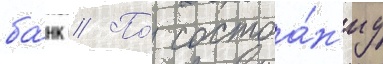
ба́нк // По́ состоа́н'иу